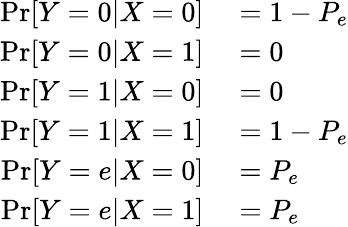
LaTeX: \begin{array}{rl}{\Pr[Y=0|X=0]}&{{}=1-P_{e}}\\ {\Pr[Y=0|X=1]}&{{}=0}\\ {\Pr[Y=1|X=0]}&{{}=0}\\ {\Pr[Y=1|X=1]}&{{}=1-P_{e}}\\ {\Pr[Y=e|X=0]}&{{}=P_{e}}\\ {\Pr[Y=e|X=1]}&{{}=P_{e}}\end{array}